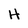
Character: H